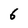
Character: 6